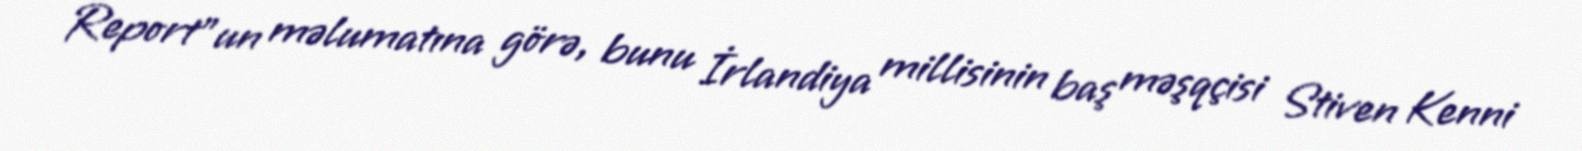
Report"un məlumatına görə, bunu İrlandiya millisinin baş məşqçisi Stiven Kenni